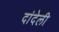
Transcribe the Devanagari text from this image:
दांदेली